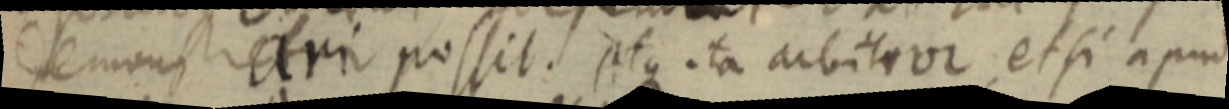
demonstrari possit. atque ita arbitror, et si apud